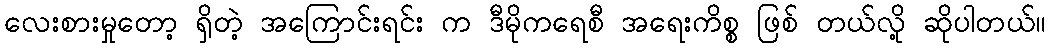
လေးစားမှုတော့ ရှိတဲ့ အကြောင်းရင်း က ဒီမိုကရေစီ အရေးကိစ္စ ဖြစ် တယ်လို့ ဆိုပါတယ်။